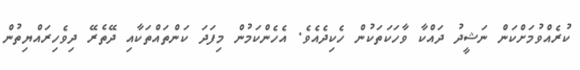
ކުރެއްވުމަށްކަން ނަޝީދު ދައްކާ ވާހަކަތަކުން ހެކިދެއެވެ. އެހެންކަމުން މިފަދަ ކަންތައްތަކާއި ދޭތެރޭ ދިވެހިރައްޔިތުން